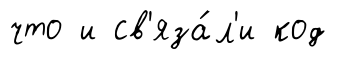
что и св'яза́л'и код